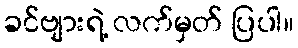
ခင်ဗျားရဲ့ လက်မှတ် ပြပါ။